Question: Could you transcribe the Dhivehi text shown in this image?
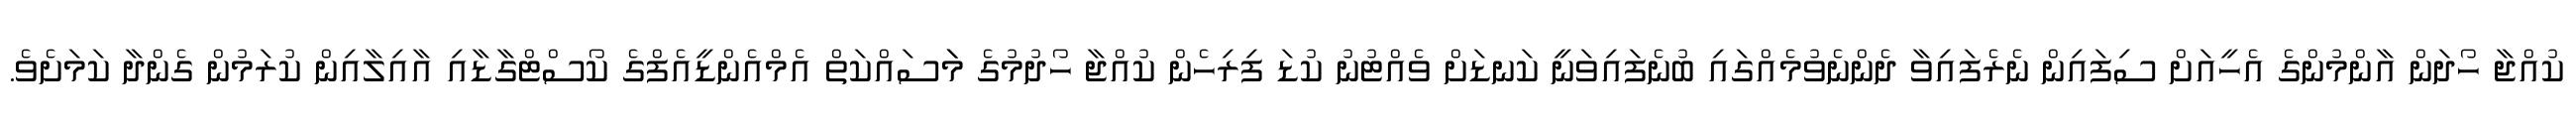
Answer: ކުއްޖާ ހޯދަން އާންމުންގެ އެހީއަށް ސިފައިން ނެރެފައިވާ ދެންނެވުމެއްގައި ބުނެފައިވަނީ ކަނޑަށް ވެއްޓުނު ކުޑަ ފިރިހެން ކުއްޖާ ހޯދުމުގެ މަަސައްކަތް އެމްއެންޑީއެފްގެ ކޯސްޓްގާޑާއި އާއިލާއިން ކުރަމުން ގެންދާ ކަމަށެވެ.